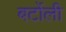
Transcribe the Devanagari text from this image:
बर्टोली